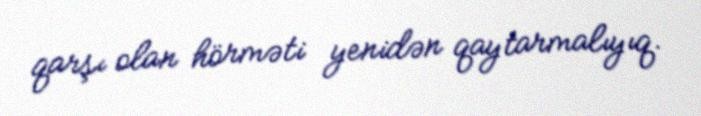
qarşı olan hörməti yenidən qaytarmalıyıq.